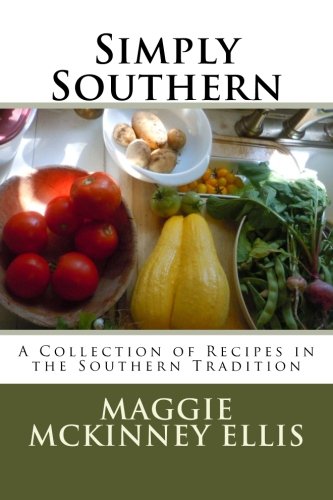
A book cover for Simply Southern: A Collection of Recipes in the Southern Tradition; Ms Maggie McKinney Ellis; Cookbooks, Food & Wine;